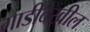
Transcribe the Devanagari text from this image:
गाडीदेखील